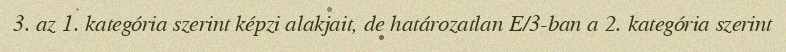
3. az 1. kategória szerint képzi alakjait, de határozatlan E/3-ban a 2. kategória szerint